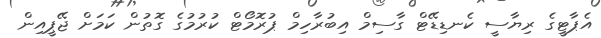
އެޕާޓީގެ ރިޔާސީ ކެނޑިޑޭޓް ގާސިމް އިބުރާހިމް ޕުރޮމޯޓް ކުރުމުގެ ގޮތުން ކަމަށް ޖޭޕީއިން